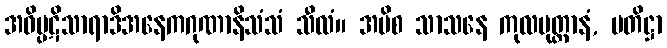
အဝိပ္ပဋိသာရာဒိအနေကဂုဏာနိသံသံ သီလံ။ အပိစ သာသနေ ကုလပုတ္တာနံ, ပတိဋ္ဌာ